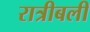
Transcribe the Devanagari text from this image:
रात्रीबली